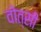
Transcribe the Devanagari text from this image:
वोत्सी